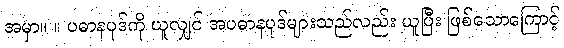
အမှာ။ ။ ပဓာနပုဒ်ကို ယူလျှင် အပဓာနပုဒ်များသည်လည်း ယူပြီး ဖြစ်သောကြောင့်